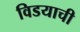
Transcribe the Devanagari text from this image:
विडयाची